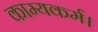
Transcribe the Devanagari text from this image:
काम्यकर्म।